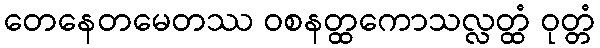
တေနေတမေတဿ ဝစနတ္ထကောသလ္လတ္ထံ ဝုတ္တံ